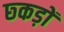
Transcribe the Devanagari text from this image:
छ्कड़ों